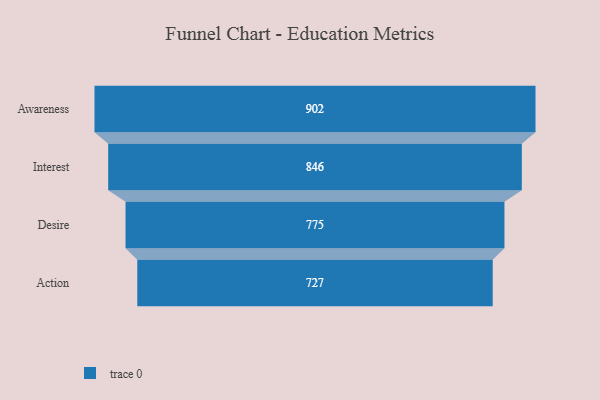
{"axis": {"x": "Stage", "y": "Value"}, "legend": [""], "data": [{"x": "Awareness", "y": 902.0, "type": ""}, {"x": "Interest", "y": 846.0, "type": ""}, {"x": "Desire", "y": 775.0, "type": ""}, {"x": "Action", "y": 727.0, "type": ""}]}